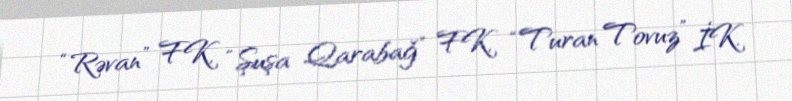
“Rəvan” FK, “Şuşa Qarabağ” FK, “Turan Tovuz” İK.